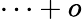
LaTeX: \cdots+o